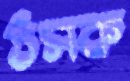
ঠসক